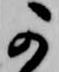
可